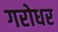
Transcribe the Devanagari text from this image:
गरोधर